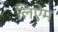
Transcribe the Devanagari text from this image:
लिऐम